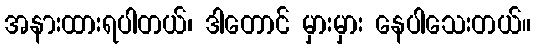
အနားထားရပါတယ်၊ ဒါတောင် မှားမှား နေပါသေးတယ်။